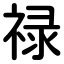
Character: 禄